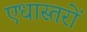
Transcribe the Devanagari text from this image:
एधास्तरों